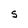
Character: S